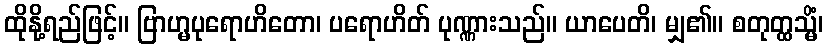
ထိုနို့ရည်ဖြင့်။ ဗြာဟ္မပုရောဟိတော၊ ပရောဟိတ် ပုဏ္ဏားသည်။ ယာပေတိ၊ မျှ၏။ စတုတ္ထသ္မိံ၊